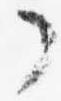
了